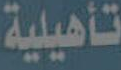
تأهيلية